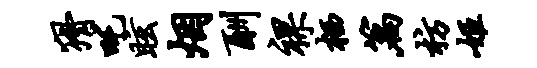
猾吒眩烟酬裸栖篇枋姬